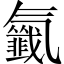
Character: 𣱰